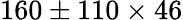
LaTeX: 160\pm 110\times 46